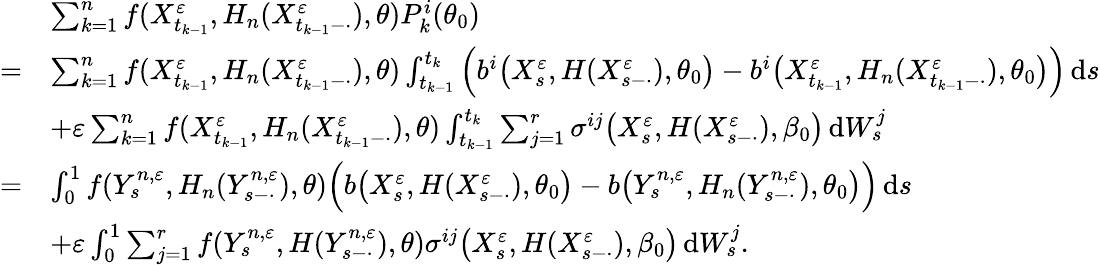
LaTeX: \begin{array}{rl}&{\sum_{k=1}^{n}f(X_{t_{k-1}}^{\varepsilon},H_{n}(X_{t_{k-1}-\cdot}^{\varepsilon}),\theta)P_{k}^{i}(\theta_{0})}\\ {=}&{\sum_{k=1}^{n}f(X_{t_{k-1}}^{\varepsilon},H_{n}(X_{t_{k-1}-\cdot}^{\varepsilon}),\theta)\int_{t_{k-1}}^{t_{k}}\Big(b^{i}\big(X_{s}^{\varepsilon},H(X_{s-\cdot}^{\varepsilon}),\theta_{0}\big)-b^{i}\big(X_{t_{k-1}}^{\varepsilon},H_{n}(X_{t_{k-1}-\cdot}^{\varepsilon}),\theta_{0}\big)\Big)\, \mathrm{d}s}\\ &{+\varepsilon\sum_{k=1}^{n}f(X_{t_{k-1}}^{\varepsilon},H_{n}(X_{t_{k-1}-\cdot}^{\varepsilon}),\theta)\int_{t_{k-1}}^{t_{k}}\sum_{j=1}^{r}\sigma^{ij}\big(X_{s}^{\varepsilon},H(X_{s-\cdot}^{\varepsilon}),\beta_{0}\big)\, \mathrm{d}W_{s}^{j}}\\ {=}&{\int_{0}^{1}f(Y_{s}^{n,\varepsilon},H_{n}(Y_{s-\cdot}^{n,\varepsilon}),\theta)\Big(b\big(X_{s}^{\varepsilon},H(X_{s-\cdot}^{\varepsilon}),\theta_{0}\big)-b\big(Y_{s}^{n,\varepsilon},H_{n}(Y_{s-\cdot}^{n,\varepsilon}),\theta_{0}\big)\Big)\, \mathrm{d}s}\\ &{+\varepsilon\int_{0}^{1}\sum_{j=1}^{r}f(Y_{s}^{n,\varepsilon},H(Y_{s-\cdot}^{n,\varepsilon}),\theta)\sigma^{ij}\big(X_{s}^{\varepsilon},H(X_{s-\cdot}^{\varepsilon}),\beta_{0}\big)\, \mathrm{d}W_{s}^{j}.}\end{array}